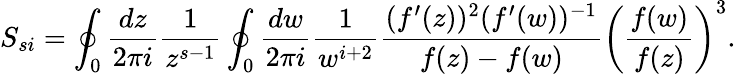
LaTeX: S_{si}=\oint_{0}{\frac{dz}{2\pi i}}{\frac{1}{z^{s-1}}}\oint_{0}{\frac{dw}{2\pi i}}{\frac{1}{w^{i+2}}}{\frac{(f^{\prime}(z))^{2}(f^{\prime}(w))^{-1}}{f(z)-f(w)}}\biggl({\frac{f(w)}{f(z)}}\biggr)^{3}.